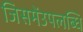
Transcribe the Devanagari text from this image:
जिसमेंउपलब्धि